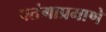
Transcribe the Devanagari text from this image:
पतंगाप्रमाणे